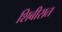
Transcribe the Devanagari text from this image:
शिबीरात